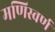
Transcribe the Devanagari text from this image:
मणिस्वर्ण